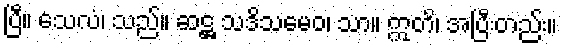
ပြီ။ သေလံ၊ သည်။ ဆဋ္ဌ သဒိသမေဝ၊ သာ။ ဣတိ၊ အပြီးတည်း။